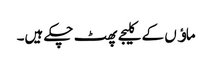
ماﺅں کے کلیجے پھٹ چکے ہیں۔